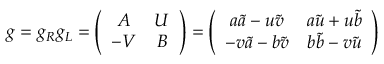
g = g _ { R } g _ { L } = \left( \begin{array} { c c } { { A } } & { { U } } \\ { { - V } } & { { B } } \end{array} \right) = \left( \begin{array} { c c } { { a \tilde { a } - u \tilde { v } } } & { { a \tilde { u } + u \tilde { b } } } \\ { { - v \tilde { a } - b \tilde { v } } } & { { b \tilde { b } - v \tilde { u } } } \end{array} \right)